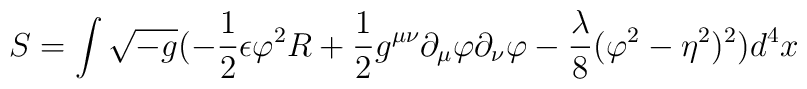
S  = \int \sqrt{-g} (-  \frac {1}{2} \epsilon \varphi^{2} R +\frac{1}{2} g^{\mu\nu} \partial_{\mu} \varphi \partial_{\nu} \varphi-\frac {\lambda}{8} ( \varphi^{2} - \eta^{2} )^{2} ) d^{4} x